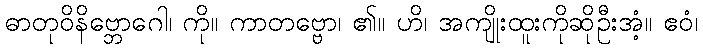
ဓာတုဝိနိဗ္ဘောဂေါ၊ ကို။ ကာတဗ္ဗော၊ ၏။ ဟိ၊ အကျိုးထူးကိုဆိုဦးအံ့။ ဧဝံ၊